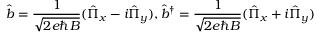
\hat { b } = \frac { 1 } { \sqrt { 2 e \hbar B } } ( \hat { \Pi } _ { x } - i \hat { \Pi } _ { y } ) , \hat { b } ^ { \dagger } = \frac { 1 } { \sqrt { 2 e \hbar B } } ( \hat { \Pi } _ { x } + i \hat { \Pi } _ { y } )